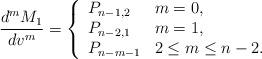
LaTeX: \begin{align*} \frac{d^mM_1}{dv^m}=\left\{ \begin{array}{ll} P_{n-1,2} & m=0,\\ P_{n-2,1} & m=1,\\ P_{n-m-1} & 2\leq m\leq n-2. \end{array}\right.\end{align*}